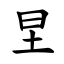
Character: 圼